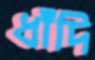
ধাঁদি